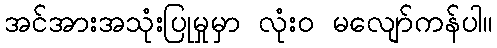
အင်အားအသုံးပြုမှုမှာ လုံးဝ မလျော်ကန်ပါ။